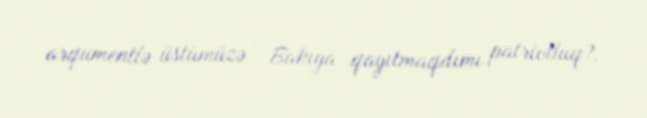
arqumentlə üstümüzə - Bakıya qayıtmaqdımı patriotluq?.